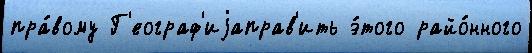
пра́вому Г'еограф'иjаправ'ить э́того райо́нного